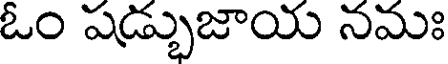
ఓం షడ్భుజాయ నమః